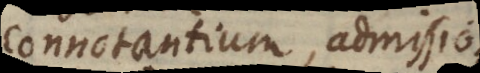
connotantium, admissionem